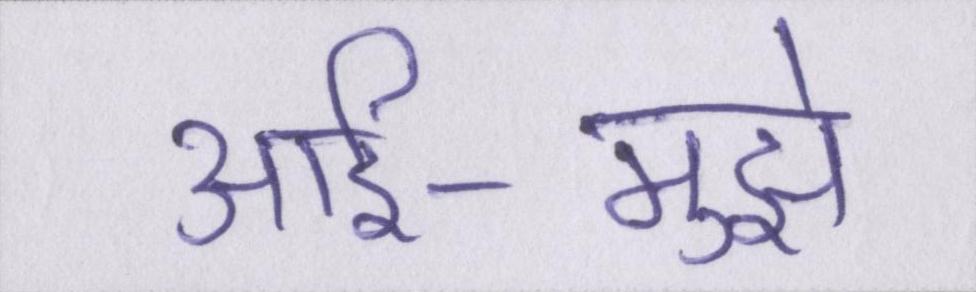
आर्इ-मुझे